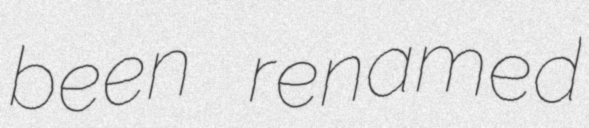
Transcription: been renamed